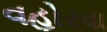
વહોરવા